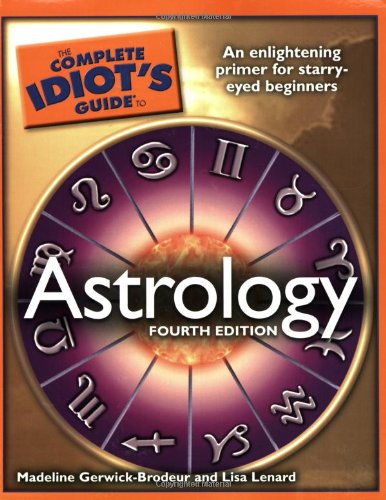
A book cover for The Complete Idiot's Guide to Astrology: 4th Edition (Idiot's Guides); Madeline Gerwick-Brodeur; Religion & Spirituality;